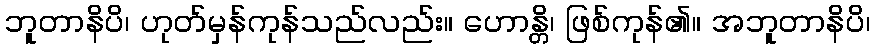
ဘူတာနိပိ၊ ဟုတ်မှန်ကုန်သည်လည်း။ ဟောန္တိ၊ ဖြစ်ကုန်၏။ အဘူတာနိပိ၊